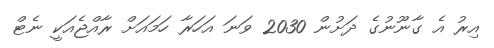
އިރު އެ ގާނޫނުގެ ދަށުން 2030 ވަނަ އަހަރާ ހަމައަށް ރާއްޖެއަކީ ނެޓް